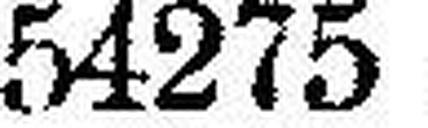
54275